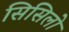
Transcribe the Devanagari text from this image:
सिसिलो